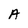
Character: A